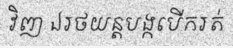
វិញ ឯរថយន្តបង្កបើករត់